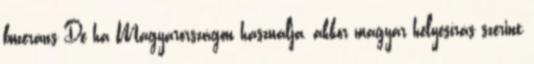
buzeráns De ha Magyarországon használja, akkor magyar helyesírás szerint